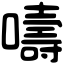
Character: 嚋